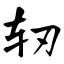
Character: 轫